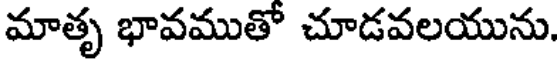
మాతృ భావముతో చూడవలయును.